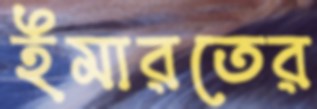
ইমারতের